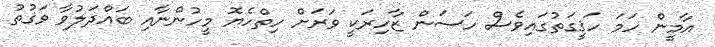
އާމީން ހަމަ ހަޤީގަތުގައިވެސް ހަސަން ޒާހިރަކީ ވަރަށް ހިތްހެޔޮ މީހުންނާއި ބައްދަލުވާ ވަޤުތު